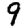
Digit: 9